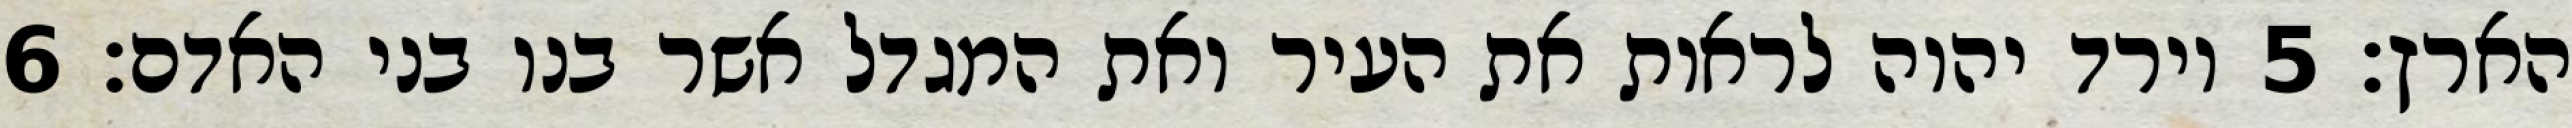
הארץ׃ ‎5‏ וירד יהוה לראות את העיר ואת המגדל אשר בנו בני האדם׃ ‎6‏